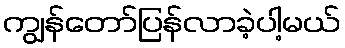
ကျွန်တော်ပြန်လာခဲ့ပါ့မယ်